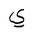
Letter: _ya